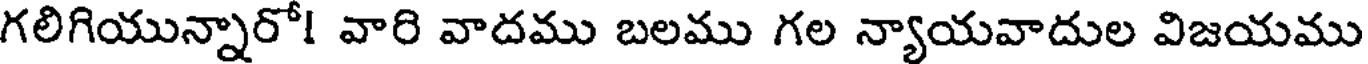
గలిగియున్నారో! వారి వాదము బలము గల న్యాయవాదుల విజయము